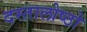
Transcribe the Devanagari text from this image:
दस्तालोष्ठो